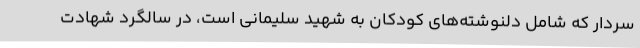
سردار که شامل دلنوشته‌های کودکان به شهید سلیمانی است، در سالگرد شهادت